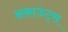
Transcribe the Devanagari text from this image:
अकाऊंट्‌स